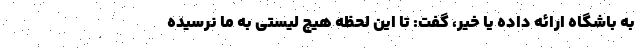
به باشگاه ارائه داده یا خیر، گفت: تا این لحظه هیچ لیستی به ما نرسیده